Vaccination in Burma 1900-1911 - 1900-1911
Year: 1900
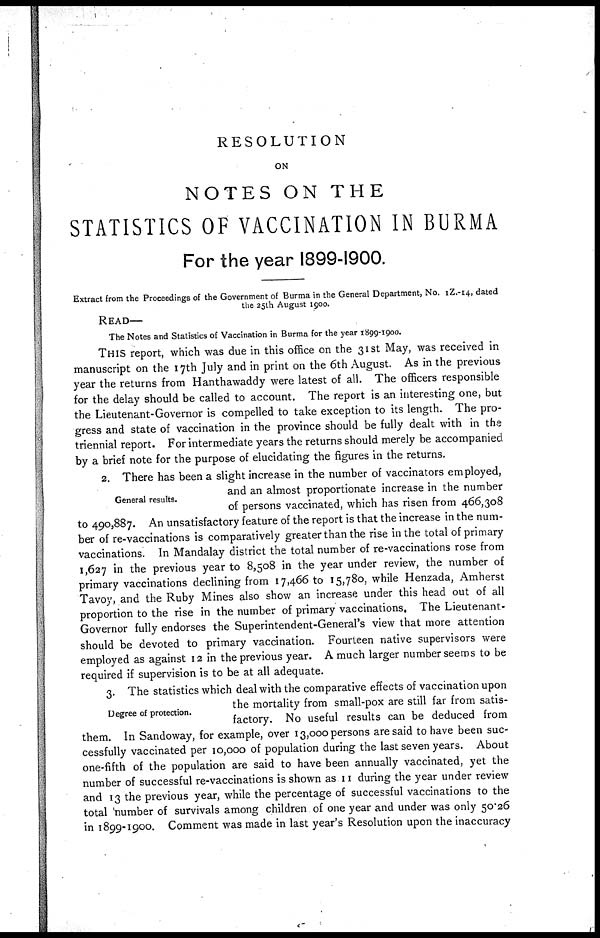
RESOLUTION
ON
NOTES ON THE
STATISTICS OF VACCINATION IN BURMA
For the year 1899-1900.
Extract from the Proceedings of the Government of Burma in the General Department, No. IZ.-14, dated
the 25th August 1900.
READ—
The Notes and Statistics of Vaccination in Burma for the year 1899-1900.
THIS report, which was due in this office on the 31st May, was received in
manuscript on the 17th July and in print on the 6th August. As in the previous
year the returns from Hanthawaddy were latest of all. The officers responsible
for the delay should be called to account. The report is an interesting one, but
the Lieutenant-Governor is compelled to take exception to its length. The pro-
gress and state of vaccination in the province should be fully dealt with in the
triennial report. For intermediate years the returns should merely be accompanied
by a brief note for the purpose of elucidating the figures in the returns.
General results.
2. There has been a slight increase in the number of vaccinators employed,
and an almost proportionate increase in the number
of persons vaccinated, which has risen from 466,308
to 490,887. An unsatisfactory feature of the report is that the increase in the num-
ber of re-vaccinations is comparatively greater than the rise in the total of primary
vaccinations. In Mandalay district the total number of re-vaccinations rose from
1,627 in the previous year to 8,508 in the year under review, the number of
primary vaccinations declining from 17,466 to 15,780, while Henzada, Amherst
Tavoy, and the Ruby Mines also show an increase under this head out of all
proportion to the rise in the number of primary vaccinations. The Lieutenant-
Governor fully endorses the Superintendent-General's view that more attention
should be devoted to primary vaccination. Fourteen native supervisors were
employed as against 12 in the previous year. A much larger number seems to be
required if supervision is to be at all adequate.
Degree of protection.
3. The statistics which deal with the comparative effects of vaccination upon
the mortality from small-pox are still far from satis-
factory. No useful results can be deduced from
them. In Sandoway, for example, over 13,000 persons are said to have been suc-
cessfully vaccinated per 10,000 of population during the last seven years. About
one-fifth of the population are said to have been annually vaccinated, yet the
number of successful re-vaccinations is shown as 11 during the year under review
and 13 the previous year, while the percentage of successful vaccinations to the
total number of survivals among children of one year and under was only 50.26
in 1899-1900. Comment was made in last year's Resolution upon the inaccuracy